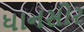
ધાનસોર